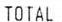
TOTAL